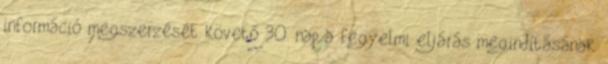
információ megszerzését követő 30. nap a fegyelmi eljárás megindításának